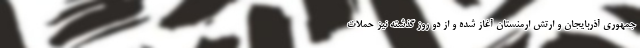
جمهوری آذربایجان و ارتش ارمنستان آغاز شده و از دو روز گذشته نیز حملات